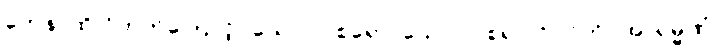
တေန၊ ထို ဝိတက်ကြောင့်။ ယောဂါဝစရော၊ ယောဂါဝစရ ပုဂ္ဂိုလ်ကို။ အာရမ္မဏံ၊